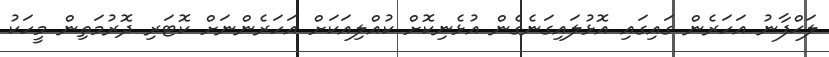
ލަޙްފާނު އަހަރެން ގައިގައި އޮޅުލައިގަނެގެން އުޅެނިކޮށް ކުއްލިއަކަށް އަހަރެންނަށް ކޮޓަރި ދޮރުމަތިން މީހަކު